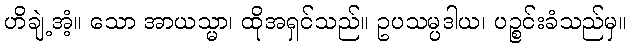
ဟိချဲ့အံ့။ သော အာယသ္မာ၊ ထိုအရှင်သည်။ ဥပသမ္ပဒါယ၊ ပဉ္စင်းခံသည်မှ။